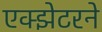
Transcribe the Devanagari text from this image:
एक्झेटरने